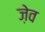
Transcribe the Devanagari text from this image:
ज़ेव